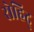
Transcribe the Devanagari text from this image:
रोहिद्